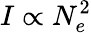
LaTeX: I\propto N_{e}^{2}